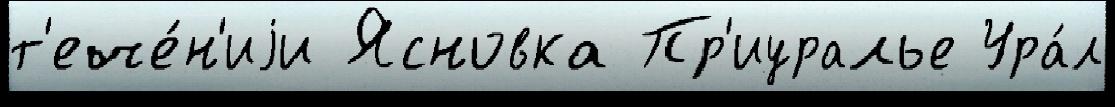
т'ече́н'иjи Ясновка Пр'иуралье Ура́л